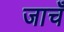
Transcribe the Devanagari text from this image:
जाचँ